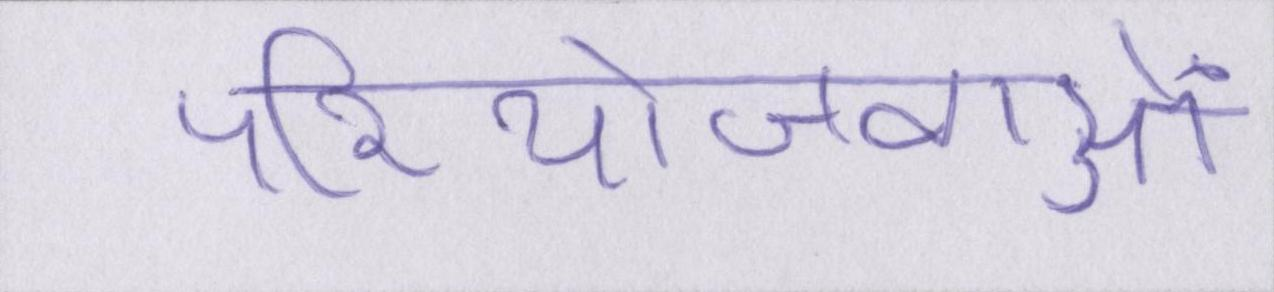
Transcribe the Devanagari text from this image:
परियोजनाओं